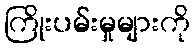
ကြိုးပမ်းမှုများကို